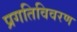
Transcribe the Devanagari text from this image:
प्रगतिविवरण